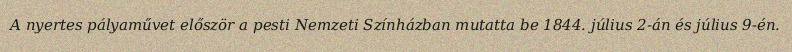
A nyertes pályaművet először a pesti Nemzeti Színházban mutatta be 1844. július 2-án és július 9-én.